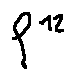
f ^ { 1 2 }